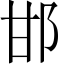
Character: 邯